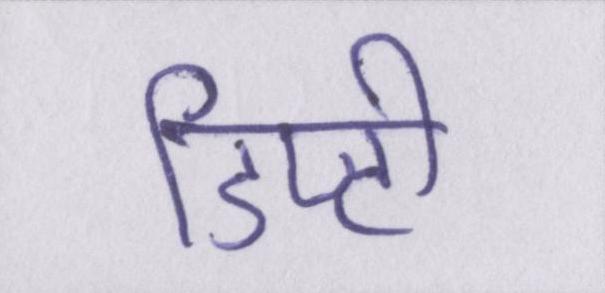
डिप्टी